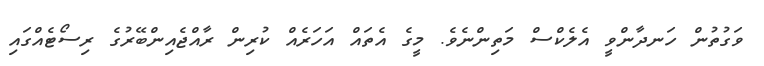
ވަގުތުން ހަނދާންވީ އެލެކްސް މަތިންނެވެ. މީގެ އެތައް އަހަރެއް ކުރިން ރާއްޖެއިންބޭރުގެ ރިސޯޓެއްގައި